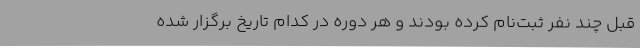
قبل چند نفر ثبت‌نام کرده بودند و هر دوره در کدام تاریخ برگزار شده